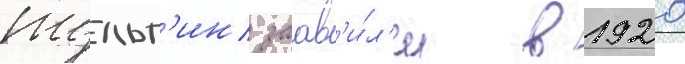
шульг'ин заав'и́л'и в 1920